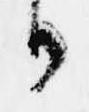
日